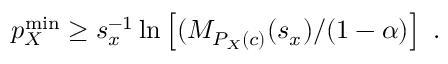
p _ { X } ^ { \mathrm { m i n } } \geq s _ { x } ^ { - 1 } \ln \left[ ( M _ { P _ { X } ( c ) } ( s _ { x } ) / ( 1 - \alpha ) \right] ~ .